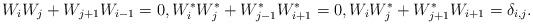
\begin{align*}W_iW_j+W_{j+1}W_{i-1}=0,W^*_iW^*_j+W^*_{j-1}W^*_{i+1}=0,W_iW^*_j+W^*_{j+1}W_{i+1}=\delta_{i,j}.\end{align*}